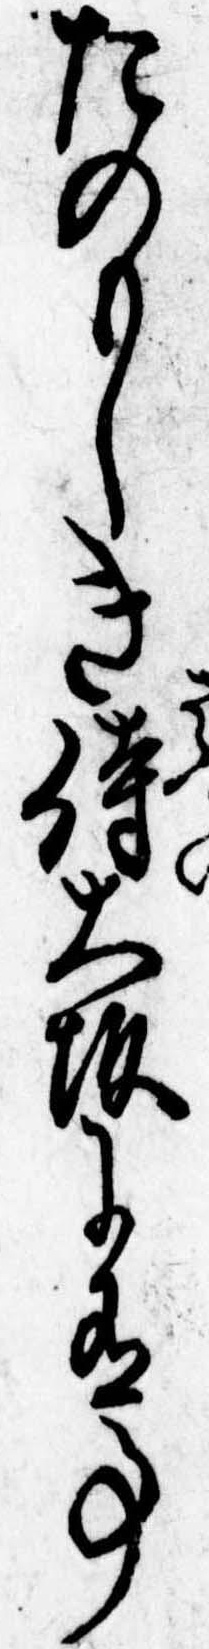
たのもしき侍大坂に有事